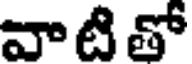
వాటి తో